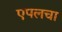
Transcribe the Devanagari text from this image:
एपलचा